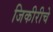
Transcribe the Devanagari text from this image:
जिकीरीचे